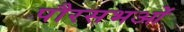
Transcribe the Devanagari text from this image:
पौरसभओं